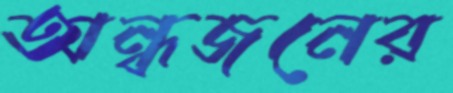
অন্ধজনের